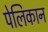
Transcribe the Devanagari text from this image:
पेलिकान